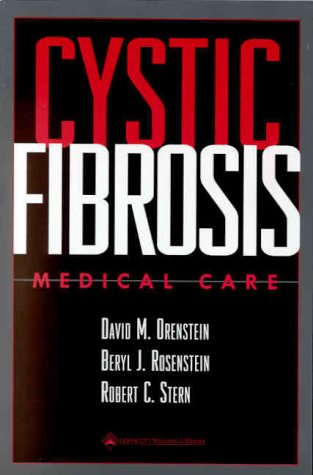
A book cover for Cystic Fibrosis: Medical Care; David M Orenstein; Health, Fitness & Dieting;